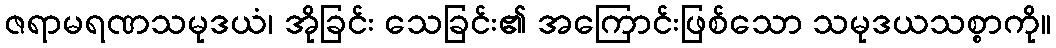
ဇရာမရဏသမုဒယံ၊ အိုခြင်း သေခြင်း၏ အကြောင်းဖြစ်သော သမုဒယသစ္စာကို။